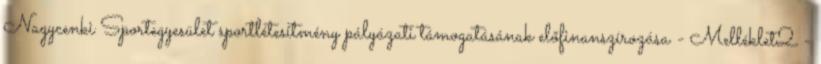
Nagycenki Sportegyesület sportlétesítmény pályázati támogatásának előfinanszírozása - Melléklet2 -